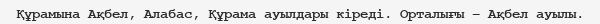
Құрамына Ақбел, Алабас, Құрама ауылдары кіреді. Орталығы – Ақбел ауылы.